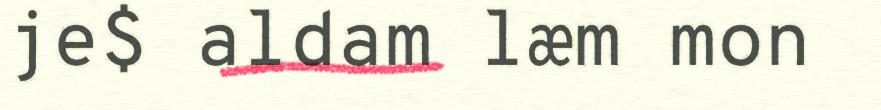
je$ aldam læm mon